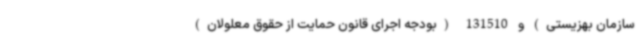
سازمان بهزیستی) و 131510 (بودجه اجرای قانون حمایت از حقوق معلولان)